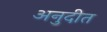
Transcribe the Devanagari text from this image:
अनुदीत